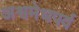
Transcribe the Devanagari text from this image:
अश्वमेधपर्व